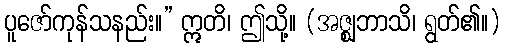
ပူဇော်ကုန်သနည်း။” ဣတိ၊ ဤသို့။ (အဇ္ဈဘာသိ၊ ရွတ်၏။)